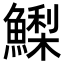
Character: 𩻌